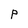
Character: P